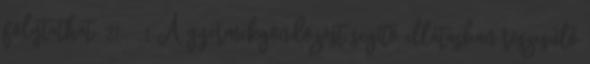
folytathat. 21. § 1 A gyermekgondozást segítő ellátásban részesülő